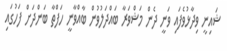
ޝައިނީ ވިދާޅުވެފައި ވަނީ ދެން މަޝްވަރާ ބައްދަލުވުން ބާއްވާނީ ހަފްތާ ބަންދަށް ފަހުގައި